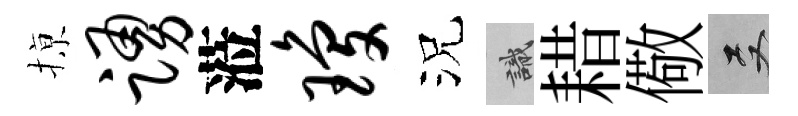
𢱊踊蒞琼況識耤儆双